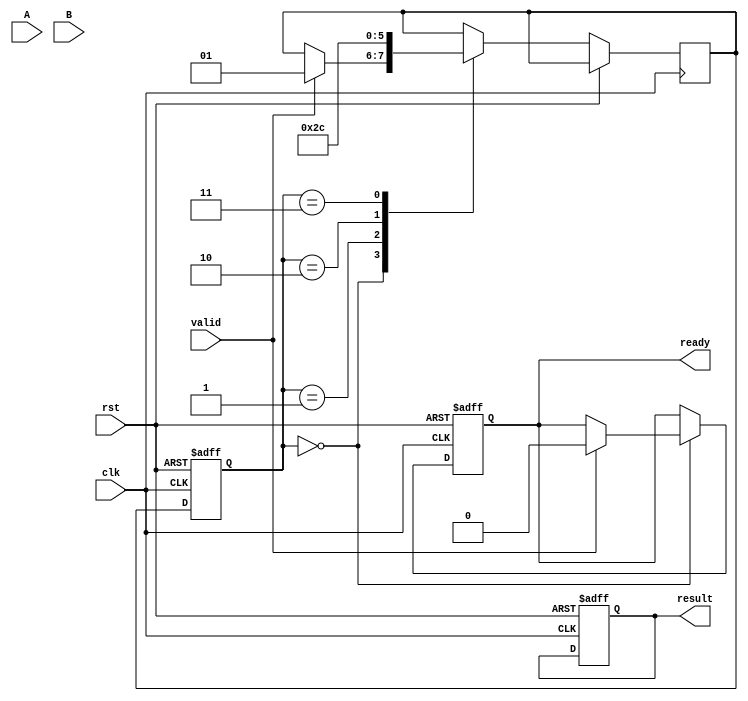
module pipelined_fp_multiplier (
    input clk,
    input rst,
    input valid,
    input [31:0] A,  // Input floating point A
    input [31:0] B,  // Input floating point B
    output reg [31:0] result,  // Output floating point result
    output reg ready  // Output to indicate the operation is complete
);

    // Internal signals
    reg [31:0] A_reg, B_reg;
    reg sign_A, sign_B, sign_result;
    reg [7:0] exp_A, exp_B, exp_result;
    reg [23:0] mant_A, mant_B, mant_result;
    
    // Pipeline registers
    reg [1:0] state; // State for FSM
    reg [1:0] next_state;
    
    // Constants
    parameter BIAS = 127; // IEEE 754 single-precision bias
    
    // Pipeline stages
    always @(posedge clk or posedge rst) begin
        if (rst) begin
            state <= 0;
            result <= 0;
            ready <= 0;
        end else begin
            state <= next_state;
            case (state)
                0: begin
                    if (valid) begin
                        // Stage 1: Input Register
                        A_reg <= A;
                        B_reg <= B;
                        ready <= 0;
                        next_state <= 1;
                    end
                end
                1: begin
                    // Stage 2: Decomposition
                    sign_A <= A_reg[31];
                    sign_B <= B_reg[31];
                    sign_result <= sign_A ^ sign_B;
                    exp_A <= A_reg[30:23];
                    exp_B <= B_reg[30:23];
                    mant_A <= {1'b1, A_reg[22:0]}; // Implicit leading one
                    mant_B <= {1'b1, B_reg[22:0]}; // Implicit leading one
                    next_state <= 2;
                end
                2: begin
                    // Stage 3: Mantissa Multiplication
                    mant_result <= mant_A * mant_B;
                    next_state <= 3;
                end
                3: begin
                    // Stage 4: Exponent Calculation
                    exp_result <= exp_A + exp_B - BIAS;
                    next_state <= 4;
                end
                4: begin
                    // Stage 5: Normalization
                    if (mant_result[47]) begin // Check for overflow
                        mant_result <= mant_result >> 1; // Right shift
                        exp_result <= exp_result + 1; // Increment exponent
                    end
                    // Prepare the final result
                    result <= {sign_result, exp_result[7:0], mant_result[46:24]}; // Keep 23 bits for mantissa
                    ready <= 1; // Indicate the result is ready
                    next_state <= 0; // Go back to idle state
                end
            endcase
        end
    end
endmodule